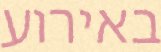
באירוע